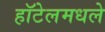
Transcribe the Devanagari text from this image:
हॉटेलमधले